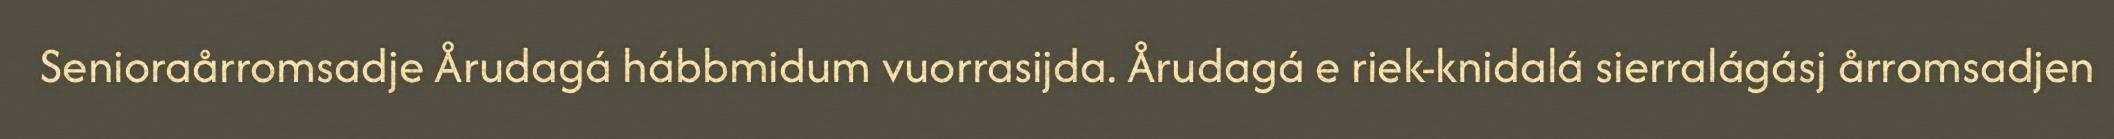
Senioraårromsadje Årudagá hábbmidum vuorrasijda. Årudagá e riek-knidalá sierralágásj årromsadjen